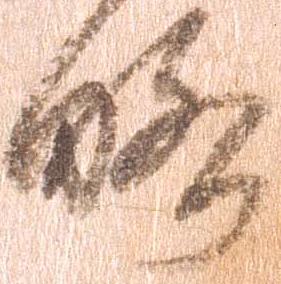
略